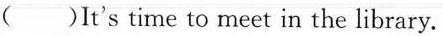
()It's time to meet in the library.